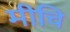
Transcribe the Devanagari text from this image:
मीचि